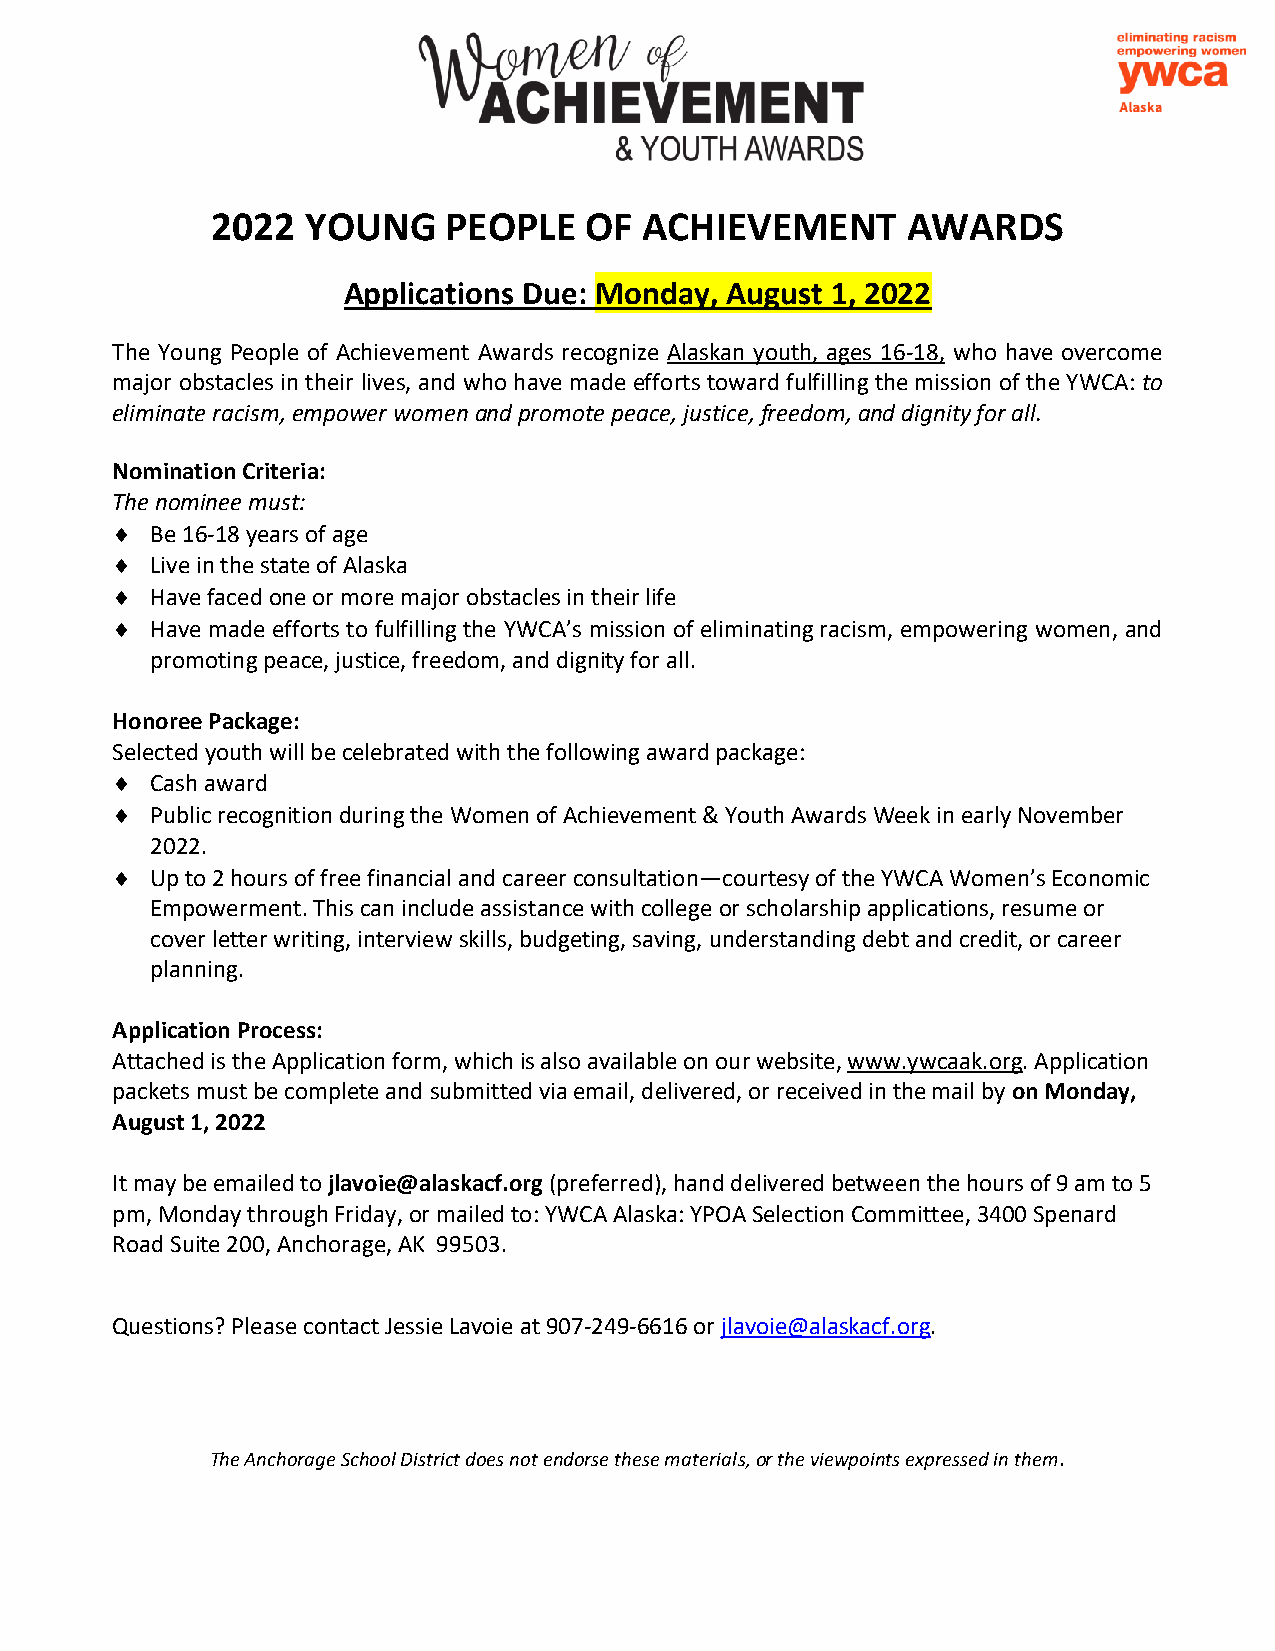
2022  YOUNG    PEOPLE    OF  ACHIEVEMENT      AWARDS
 Applications Due: Monday, August 1, 2022
 The Young People of Achievement Awards recognize Alaskan youth, ages 16-18, who have overcome
 major obstacles in their lives, and who have made efforts toward fulfilling the mission of the YWCA: to
 eliminate racism, empower women and promote peace, justice, freedom, and dignity for all.
 Nomination Criteria:
 The nominee must:
   Be 16-18 years of age
   Live in the state of Alaska
   Have faced one or more major obstacles in their life
   Have made efforts to fulfilling the YWCA’s mission of eliminating racism, empowering women, and
 promoting peace, justice, freedom, and dignity for all.
 Honoree Package:
 Selected youth will be celebrated with the following award package:
   Cash award
   Public recognition during the Women of Achievement & Youth Awards Week in early November
 2022.
   Up to 2 hours of free financial and career consultation—courtesy of the YWCA Women’s Economic
 Empowerment. This can include assistance with college or scholarship applications, resume or
 cover letter writing, interview skills, budgeting, saving, understanding debt and credit, or career
 planning.
 Application Process:
 Attached is the Application form, which is also available on our website, www.ywcaak.org. Application
 packets must be complete and submitted via email, delivered, or received in the mail by on Monday,
 August 1, 2022
 It may be emailed to jlavoie@alaskacf.org (preferred), hand delivered between the hours of 9 am to 5
 pm, Monday through Friday, or mailed to: YWCA Alaska: YPOA Selection Committee, 3400 Spenard
 Road Suite 200, Anchorage, AK 99503.
 Questions? Please contact Jessie Lavoie at 907-249-6616 or jlavoie@alaskacf.org.
 The Anchorage School District does not endorse these materials, or the viewpoints expressed in them.